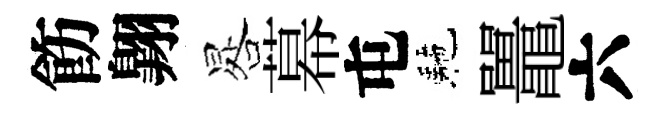
飭翺晷幕屯駰鼉六